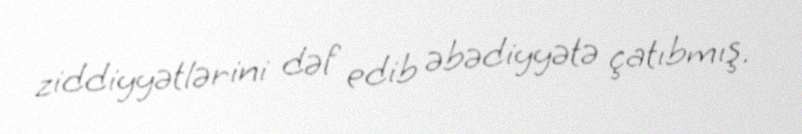
ziddiyyətlərini dəf edib əbədiyyətə çatıbmış.